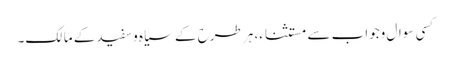
کسی سوال وجواب سے مستثناء، ہر طرح کے سیاہ وسفیدکے مالک۔